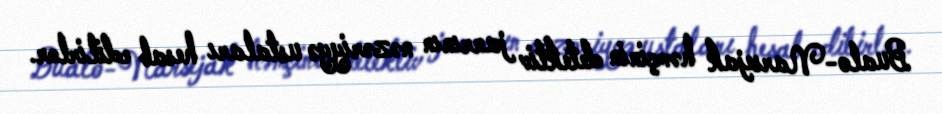
Bualo-Narsejak həmçinin detektiv janrının nəzəriyyə ustaları hesab edilirlər.